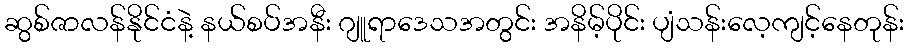
ဆွစ်ဇာလန်နိုင်ငံနဲ့ နယ်စပ်အနီး ဂျူရာဒေသအတွင်း အနိမ့်ပိုင်း ပျံသန်းလေ့ကျင့်နေတုန်း